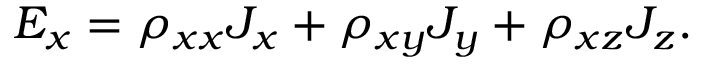
E _ { x } = \rho _ { x x } J _ { x } + \rho _ { x y } J _ { y } + \rho _ { x z } J _ { z } .